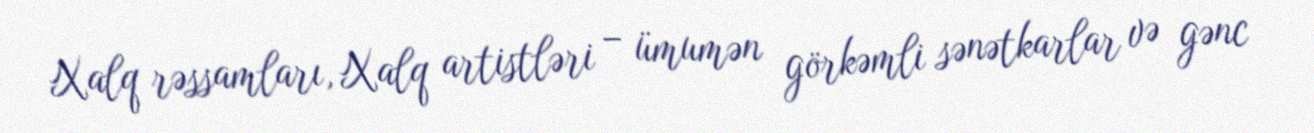
Xalq rəssamları, Xalq artistləri – ümumən görkəmli sənətkarlar və gənc